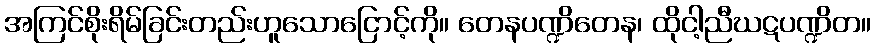
အကြင်စိုးရိမ်ခြင်းတည်းဟူသောငြောင့်ကို။ တေနပဏ္ဍိတေန၊ ထိုငါ့ညီဃဋပဏ္ဍိတ။